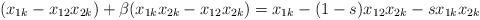
LaTeX: \begin{align*}(x_{1k}-x_{12}x_{2k})+\beta(x_{1k}x_{2k}-x_{12}x_{2k})=x_{1k}-(1-s)x_{12}x_{2k}-sx_{1k}x_{2k}\end{align*}